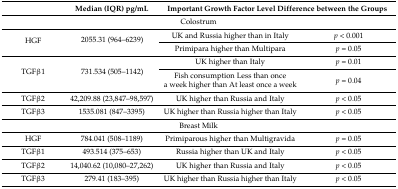
|  | Median (IQR) pg/mL | <COLSPAN=2> Important Growth Factor Level Difference between the Groups |
 | --- | --- | --- | --- |
 | <COLSPAN=4> Colostrum |
 | <ROWSPAN=2> HGF | <ROWSPAN=2> 2055.31 (964–6239) | UK and Russia higher than in Italy | p < 0.001 |
 | Primipara higher than Multipara | p = 0.05 |
 | <ROWSPAN=2> TGFβ1 | <ROWSPAN=2> 731.534 (505–1142) | UK higher than Italy | p = 0.01 |
 | Fish consumption Less than once a week higher than At least once a week | p = 0.04 |
 | TGFβ2 | 42,209.88 (23,847–98,597) | UK higher than Russia and Italy | p < 0.05 |
 | TGFβ3 | 1535.081 (847–3395) | UK higher than Russia higher than Italy | p < 0.05 |
 | <COLSPAN=4> Breast Milk |
 | HGF | 784.041 (508–1189) | Primiparous higher than Multigravida | p = 0.05 |
 | TGFβ1 | 493.514 (375–653) | Russia higher than UK and Italy | p < 0.05 |
 | TGFβ2 | 14,040.62 (10,080–27,262) | UK higher than Russia and Italy | p < 0.05 |
 | TGFβ3 | 279.41 (183–395) | UK higher than Russia higher than Italy | p < 0.05 |